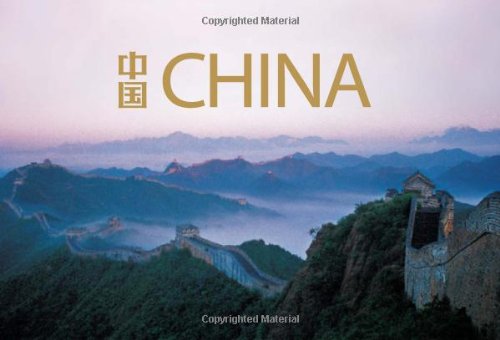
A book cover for China; Travel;